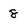
Character: 8